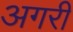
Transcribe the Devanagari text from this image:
अगरी